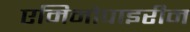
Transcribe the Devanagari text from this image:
एमिनोपाइरीन